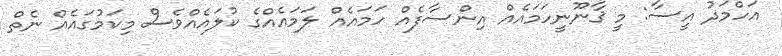
އަހްމަދު އީސާ: މީ ޤާނޫނީހަމައެއް އިންސާފެއް ހަމައެއް ލަމައެއްގެ ކުލައެއްވެސް މިކަމުގައެއް ނެތް